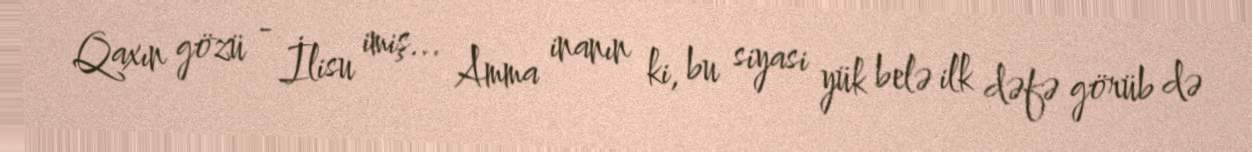
Qaxın gözü - İlisu imiş... Amma inanın ki, bu siyasi yük belə ilk dəfə görüb də